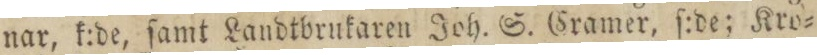
nar, k:de, ſamt Landtbrukaren Joh. S. Cramer, ſ:de; Kro=